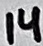
Text: 14